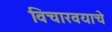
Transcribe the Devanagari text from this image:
विचारवयाचे